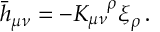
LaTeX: \bar { h } _ { \mu \nu } = - K _ { \mu \nu } ^ { \ \ \, \rho } \xi _ { \rho } \, .